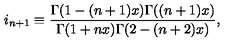
i _ { n + 1 } \equiv \frac { \Gamma ( 1 - ( n + 1 ) x ) \Gamma ( ( n + 1 ) x ) } { \Gamma ( 1 + n x ) \Gamma ( 2 - ( n + 2 ) x ) } ,